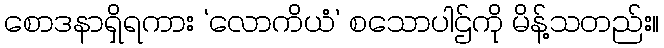
စောဒနာရှိရကား ‘လောကိယံ’ စသောပါဌ်ကို မိန့်သတည်း။